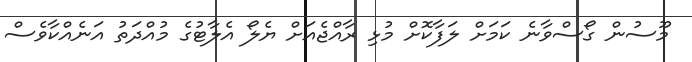
މޫސުން ގޯސްވާނެ ކަމަށް ލަފާކޮށް މުޅި ރާއްޖެއަށް ޔެލޯ އެލާޓުގެ މުއްދަތު އަނެއްކާވެސް